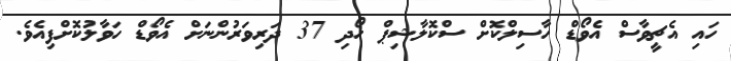
ހައި އެޗީވާސް އެވޯޑް ހާސިލްކޮށް ސްކޮލާޝިޕް ހޯދި 37 ދަރިވަރުންނަށް އެވޯޑް ހަވާލުކޮށްފިއެވެ.